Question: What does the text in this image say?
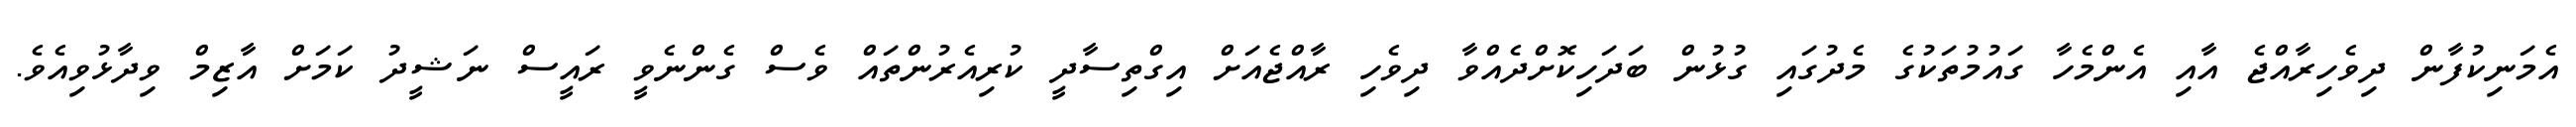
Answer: އެމަނިކުފާން ދިވެހިރާއްޖެ އާއި އެންމެހާ ގައުމުތަކުގެ މެދުގައި ގުޅުން ބަދަހިކޮށްދެއްވާ ދިވެހި ރާއްޖެއަށް އިގްތިސާދީ ކުރިއެރުންތައް ވެސް ގެންނެވީ ރައީސް ނަޝީދު ކަމަށް އާޒިމް ވިދާޅުވިއެވެ.